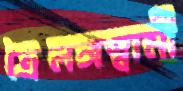
ত্রৈলঙ্গস্বামী